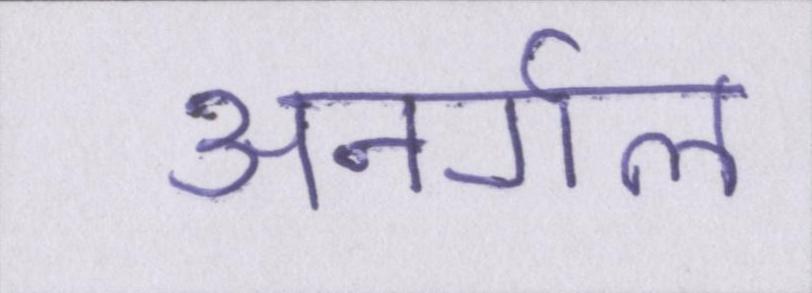
अनर्गल